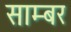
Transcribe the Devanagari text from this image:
साम्बर